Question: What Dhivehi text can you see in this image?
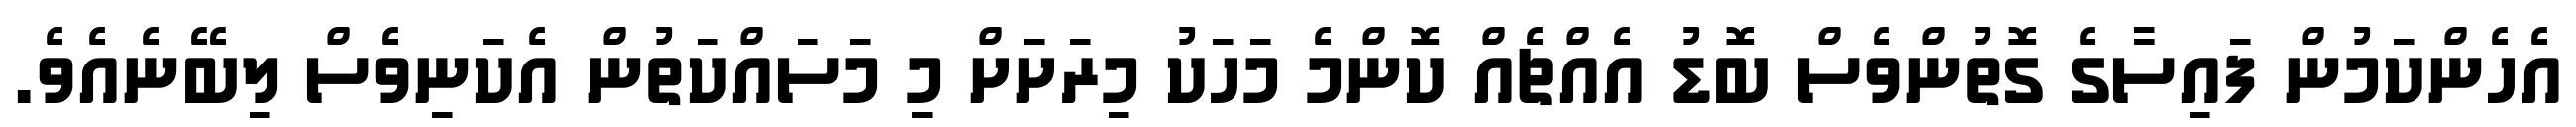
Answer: އެހެންކަމުން ފައިސާގެ ގޮތުންވެސް ބޮޑު އެއްޗެއް ކޮންމެ މަހަކު މިރަށަށް މި މަސައްކަތުން އެކަނިވެސް ލިބޭނެއެވެ.